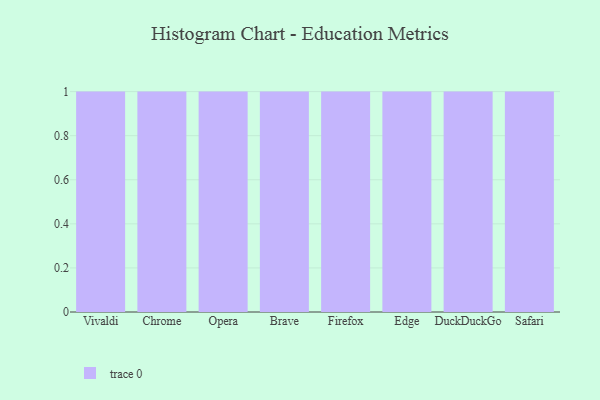
{"axis": {"x": "Browser", "y": "Humidity (%)"}, "legend": [""], "data": [{"x": "Vivaldi", "y": 73, "type": ""}, {"x": "Chrome", "y": 58, "type": ""}, {"x": "Opera", "y": 48, "type": ""}, {"x": "Brave", "y": 62, "type": ""}, {"x": "Firefox", "y": 77, "type": ""}, {"x": "Edge", "y": 56, "type": ""}, {"x": "DuckDuckGo", "y": 83, "type": ""}, {"x": "Safari", "y": 14, "type": ""}]}